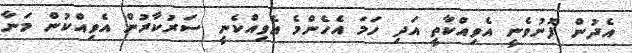
އެދުން ފޮނުވެނީ އެވިއްކާތީ އަދި ހަމަ އެހެންމެ އެވިއްކެނީ ސަރުކާރުން އެވިއްކުން މަނާ